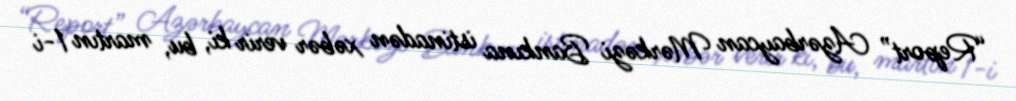
“Report” Azərbaycan Mərkəzi Bankına istinadən xəbər verir ki, bu, martın 1-i